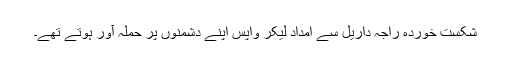
شکست خوردہ راجہ داریل سے امداد لیکر واپس اپنے دشمنوں پر حملہ آور ہوتے تھے۔